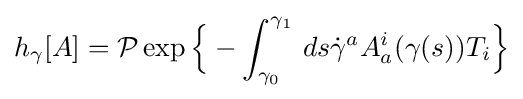
h_{\gamma }[A]={\mathcal {P}}\exp {\Big \{}-\int _{\gamma _{0}}^{\gamma _{1}}\,ds{\dot {\gamma }}^{a}A_{a}^{i}(\gamma (s))T_{i}{\Big \}}